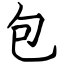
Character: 包